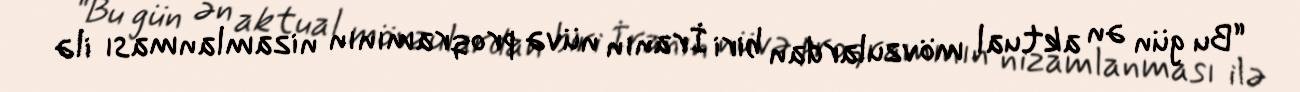
“Bu gün ən aktual mövzulardan biri İranın nüvə proqramının nizamlanması ilə